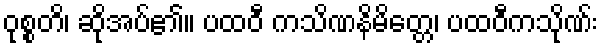
ဝုစ္စတိ၊ ဆိုအပ်၏။ ပထဝီ ကသိဏနိမိတ္တေ၊ ပထဝီကသိုဏ်း